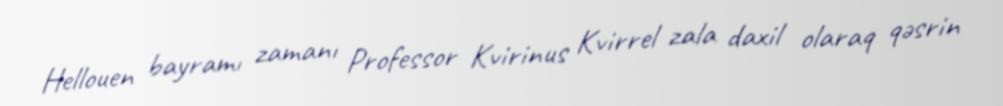
Hellouen bayramı zamanı Professor Kvirinus Kvirrel zala daxil olaraq qəsrin